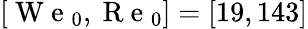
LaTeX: [\mathrm{~W~e~}_{0},\mathrm{~R~e~}_{0}]=[19,143]